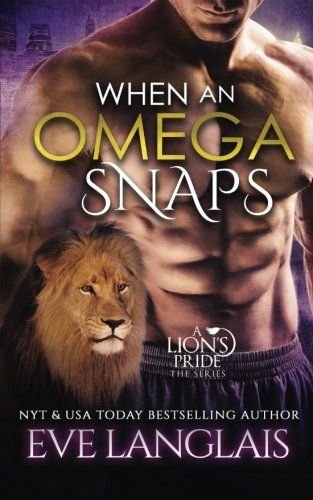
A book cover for When An Omega Snaps (A Lion's Pride) (Volume 3); Eve Langias; Romance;